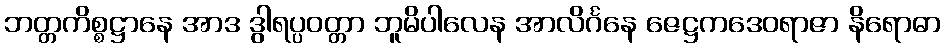
ဘတ္တကိစ္စဋ္ဌာနေ အာဒ ဒွါရပ္ပဝတ္တာ ဘူမိပါလေန အာလိင်္ဂနေ ဇေဋ္ဌကဒေဝရာဇာ နိရောဓာ